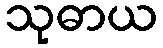
သုဓာယ